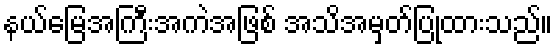
နယ်မြေအကြီးအကဲအဖြစ် အသိအမှတ်ပြုထားသည်။